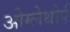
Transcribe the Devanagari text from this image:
ओग्लेथोर्प